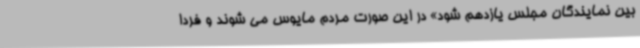
بین نمایندگان مجلس یازدهم شود» در این صورت مردم مایوس می شوند و فردا